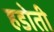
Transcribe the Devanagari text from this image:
हडोती